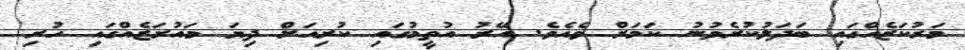
މަރުކަޒެއްގައި ބަދަލުކުރެވުނު ކަމަށް ވެއެވެ. އޭރު އުތީމުގައި ކުރިއަށް ދިޔަ މައުރަޒެއްގައި ހުރި